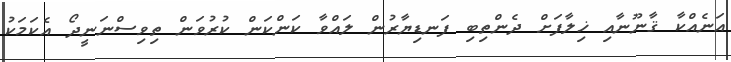
އަނެއްކާ ޤާނޫނާއި ޚިލާފަށް ދެންތިބި ފަނޑިޔާރުން ލައްވާ ކަންކަން ކުރުވަން ތިވިސްނަނީދޯ އެކަމަކު